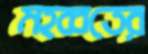
মহব্বতের